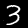
Label: 3